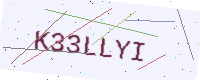
Text: K33LLYI